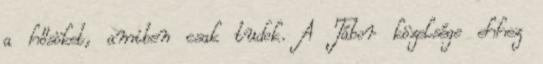
a hősöket, amiben csak tudok. A Tábor közelsége ehhez